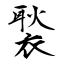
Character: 褧